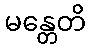
မန္တေတိ